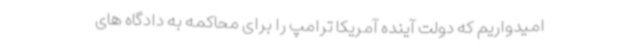
امیدواریم که دولت آینده آمریکا ترامپ را برای محاکمه به دادگاه های